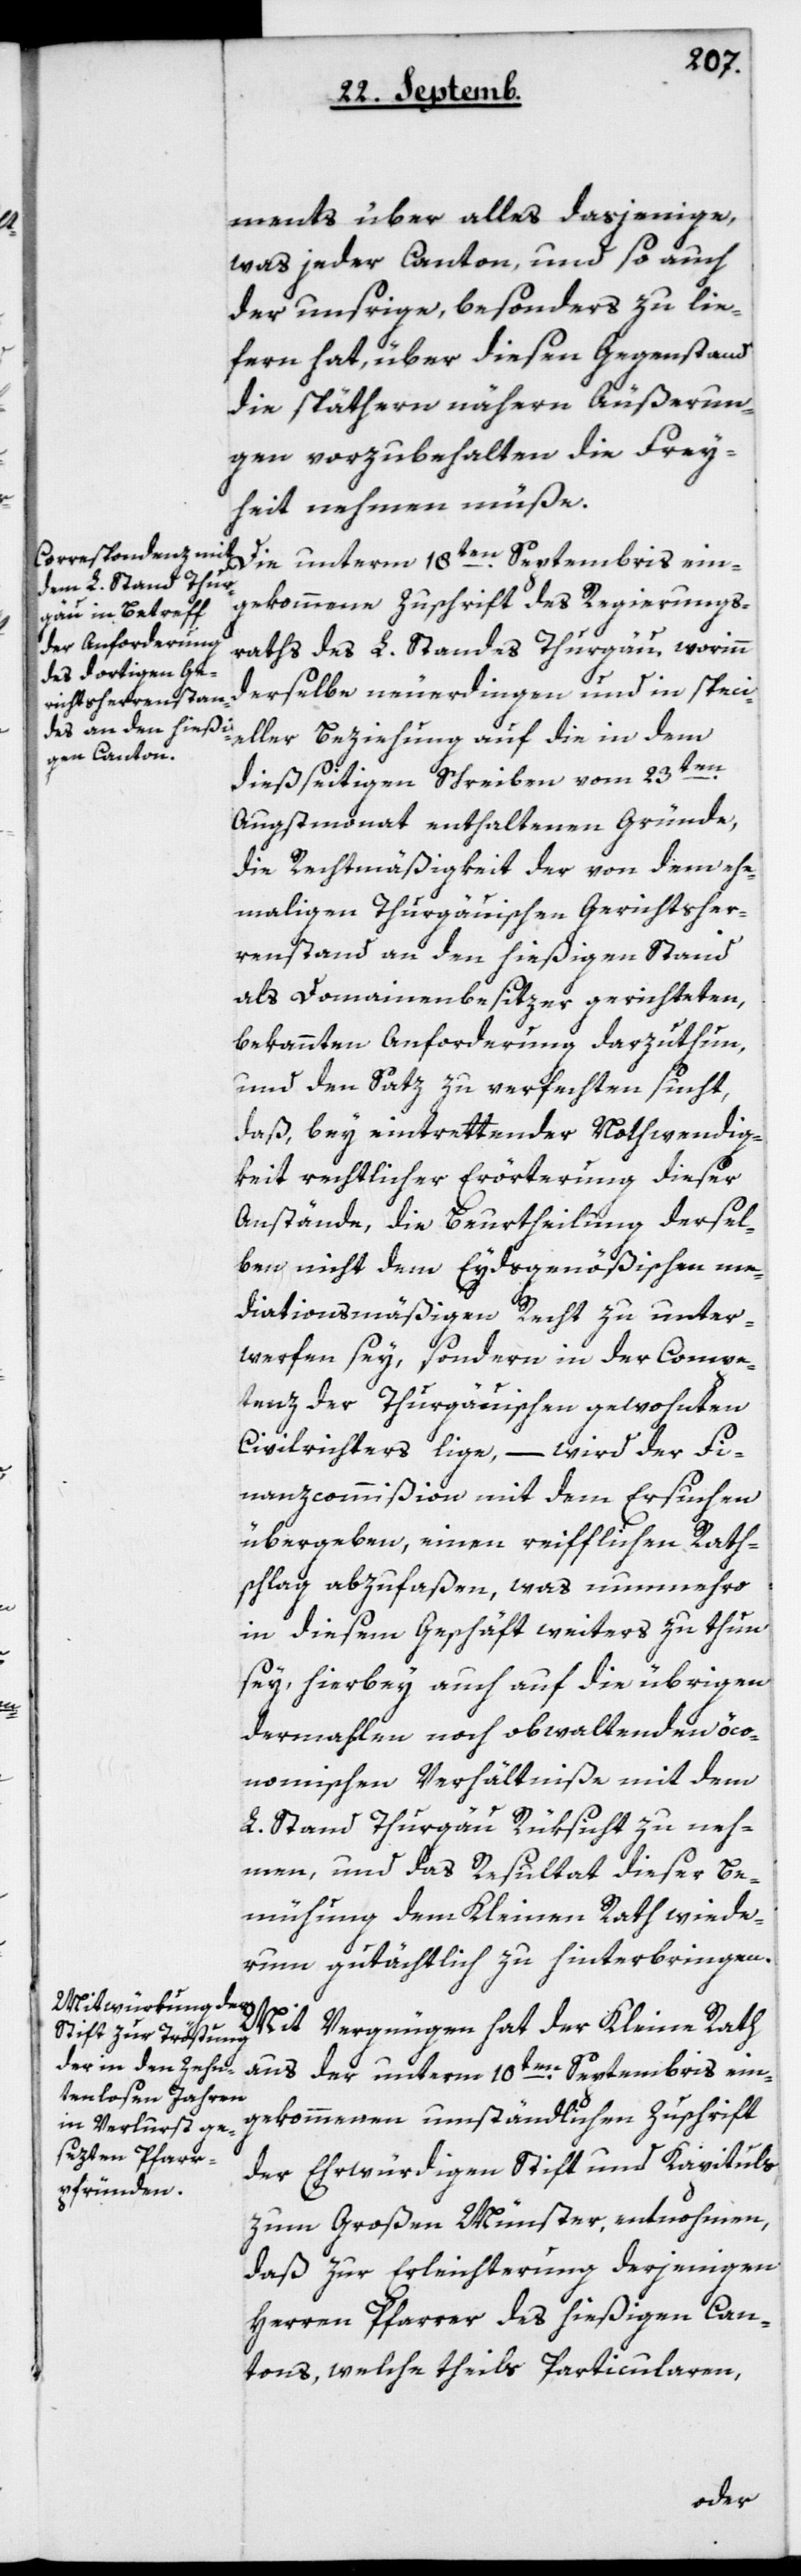
ments über alles dasjenige,
was jeder Canton, und so auch
der unsrige, besonders zu lie¬
fern hat, über diesen Gegenstand
die spätern nähern Äußerun¬
gen vorzubehalten die Frey¬
heit nehmen müße.
Die unterm 18ten Septembris ein¬
gekommene Zuschrift des Regierungs¬
raths des L. Standes Thurgau, worinn
derselbe neuerdingen und in speci¬
eller Beziehung auf die in dem
dießseitigen Schreiben vom 23ten
Augstmonat enthaltenen Gründe,
die Rechtmäßigkeit der von dem ehe¬
maligen Thurgauischen Gerichtsher¬
renstand an den hießigen Stand
als Domainenbesizer gerichteten,
bekannten Anforderung darzutun,
und den Satz zu verfechten sucht,
daß, bey eintrettender Notwendig¬
keit rechtlicher Erörterung dieser
Anstände, die Beurtheilung dersel¬
ben nicht dem Eydsgenößischen me¬
diationsmäßigen Recht zu unter¬
werfen sey, sondern in der Compe¬
tenz der Thurgauischen gewohnten
Civilrichters liege, – wird der Fi¬
nanzcommißion mit dem Ersuchen
übergeben, einen reifflichen Rath¬
schlag abzufaßen, was nunmehro
in diesem Geschäft weiters zu thun
sey, hierbey auch auf die übrigen
dermahlen noch obwaltenden öco¬
nomischen Verhältniße mit dem
L. Stand Thurgau Rüksicht zu neh¬
men, und das Resultat dieser Be¬
mühung dem Kleinen Rath wiede¬
rum gutächtlich zu hinterbringen.
Mit Vergnügen hat der Kleine Rath
aus der unterm 10ten Septembris ein¬
gekommenen umständlichen Zuschrift
der ehrwürdigen Stift und Kapituls
zum Großen Münster, entnohmen,
daß zur Erleichterung derjenigen
Herren Pfarrer des hießigen Can¬
tons, welche theils Particularen